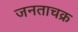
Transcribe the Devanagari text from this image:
जनताचक्र